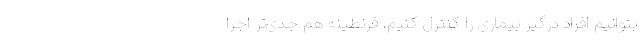
بتوانیم افراد درگیر بیماری را کنترل کنیم، قرنطینه‌ هم جدی‌تر اجرا